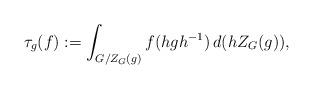
LaTeX: \begin{align*}\tau_g(f) := \int_{G/Z_G(g)} f(hgh^{-1})\, d(hZ_G(g)),\end{align*}